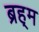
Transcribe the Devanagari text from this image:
ब्रह्‌म